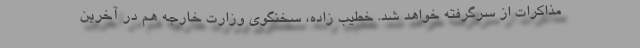
مذاکرات از سرگرفته خواهد شد. خطیب زاده، سخنگوی وزارت خارجه هم در آخرین